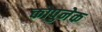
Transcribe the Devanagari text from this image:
कोपुनेक